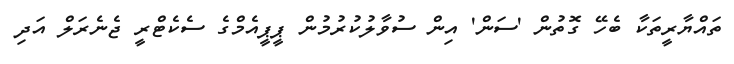
ތައްޔާރީތަކާ ބެހޭ ގޮތުން 'ސަން' އިން ސުވާލުކުރުމުން ޕީޕީއެމްގެ ސެކެޓްރީ ޖެނެރަލް އަދި